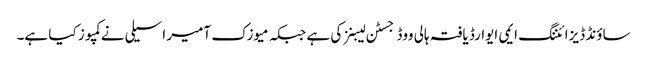
ساؤنڈ ڈیزائننگ ایمی ایوارڈ یافتہ ہالی ووڈ جسٹن لیبنز کی ہے جبکہ میوزک آمیر اسیلی نے کمپوز کیا ہے۔